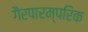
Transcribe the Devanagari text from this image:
गैरपारम्परिक